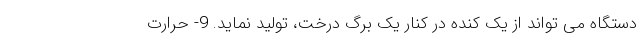
دستگاه می تواند از یک کنده در کنار یک برگ درخت، تولید نماید. 9- حرارت